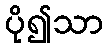
ပို၍သာ